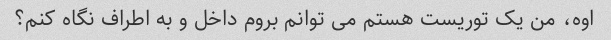
اوه، من یک توریست هستم می توانم بروم داخل و به اطراف نگاه کنم؟